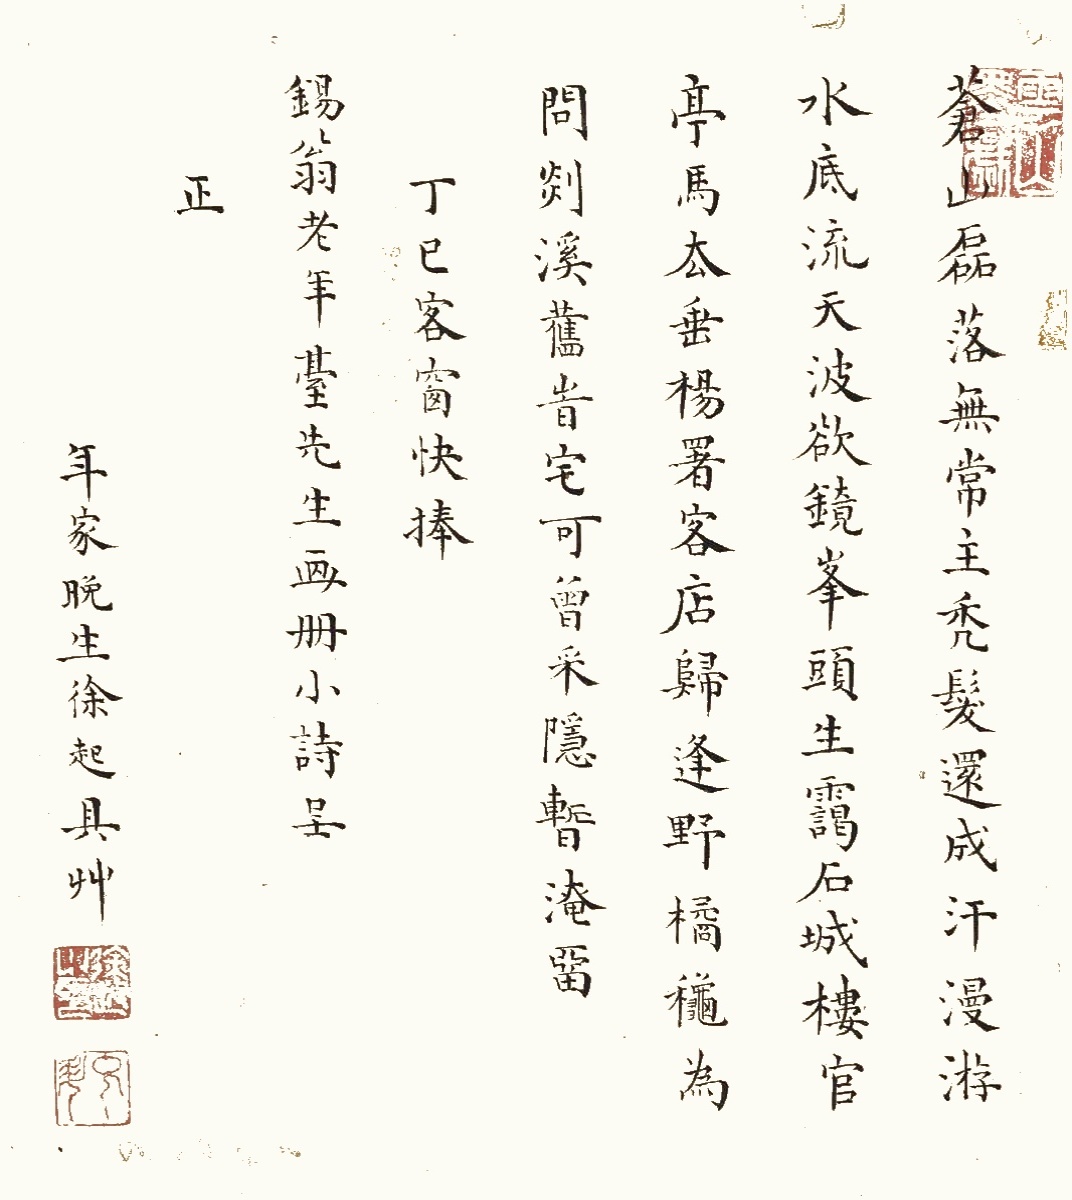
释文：苍山磊落无常主，秃发还成汗漫游。水底流天波欲镜，峰头生霭石城楼。官亭马去垂杨署，客店归逢野橘秋。为问剡溪旧时宅，可曾采隐暂淹留。丁巳客窗，快捧锡翁老年台先生画册，小诗呈正，年家晚生徐起具草。